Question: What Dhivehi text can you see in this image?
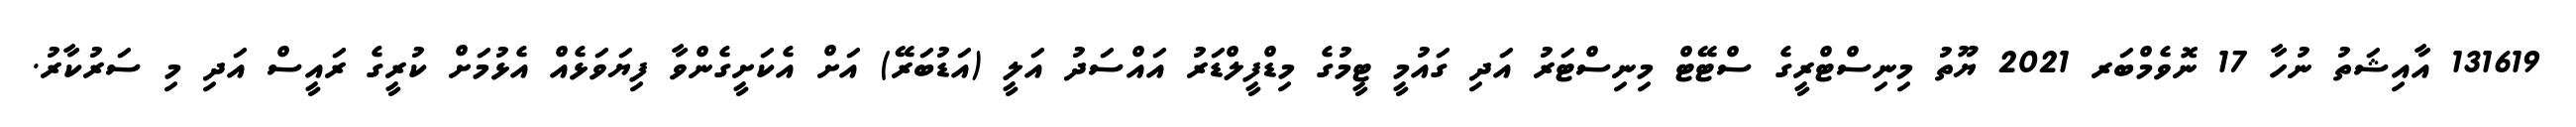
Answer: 131619 އާއިޝަތު ނުހާ 17 ނޮވެމްބަރ 2021 ޔޫތު މިނިސްޓްރީގެ ސްޓޭޓް މިނިސްޓަރު އަދި ގައުމީ ޓީމުގެ މިޑްފީލްޑަރު އައްސަދު އަލީ (އަޑުބަރޭ) އަށް އެކަށީގެންވާ ފިޔަވަޅެއް އެޅުމަށް ކުރީގެ ރައީސް އަދި މި ސަރުކާރު.